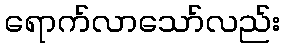
ရောက်လာသော်လည်း